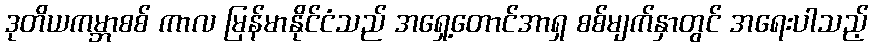
ဒုတိယကမ္ဘာစစ် ကာလ မြန်မာနိုင်ငံသည် အရှေ့တောင်အာရှ စစ်မျက်နှာတွင် အရေးပါသည့်